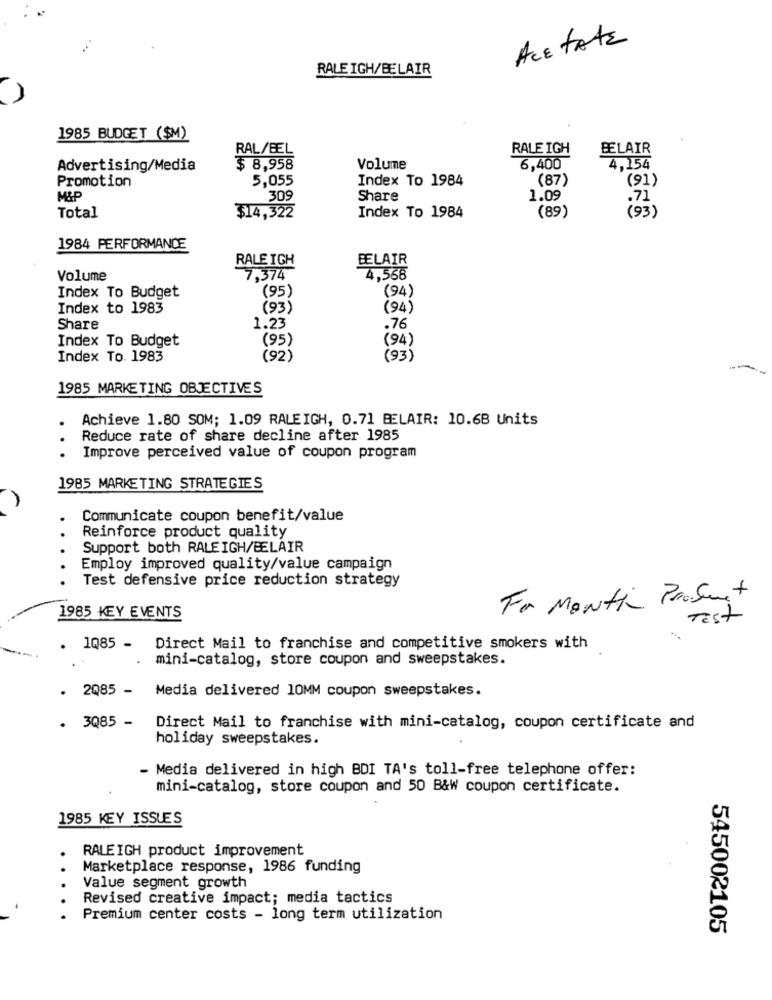
ACETATE
RALEIGH/BELAIR
1985 BUDGET ($M)
RAL/BEL
RALE IGH
BLAIR
Advertising/Media
$ 8,958
Volume
6,400
4,154
Promotion
5,055
Index To 1984
(87)
(91)
M&P
309
Share
1.09
.71
(89)
(93)
Total
$14,322
Index To 1984
1984 PERFORMANCE
RALE IGH
BELAIR
Volume
7,374
4.558
(95)
Index To Budget
(94)
Index to 1983
(93)
(94)
Share
1.23
.76
Index To Budget
(94)
(95)
Index To. 1983
(92)
(93)
1985 MARKETING OBJECTIVES
Achieve 1.80 SOM; 1.09 RALEIGH, 0.71 BELAIR: 10.68 Units
Reduce rate of share decline after 1985
Improve perceived value of coupon program
1985 MARKETING STRATEGIES
Communicate coupon benefit/value
.
Reinforce product quality
Support both RALEIGH/BELAIR
Employ improved quality/value campaign
Test defensive price reduction strategy
For Month Prosent
1985 KEY EVENTS
TEST
. 1085 - Direct Mail to franchise and competitive smokers with
mini-catalog, store coupon and sweepstakes.
. 2085 - Media delivered 10MM coupon sweepstakes.
3Q85 -
Direct Mail to franchise with mini-catalog, coupon certificate and
holiday sweepstakes.
- Media delivered in high BDI TA's toll-free telephone offer:
mini-catalog, store coupon and 50 B&W coupon certificate.
1985 KEY ISSUES
RALEIGH product improvement
Marketplace response, 1986 funding
Value segment growth
Revised creative impact; media tactics
Premium center costs - long term utilization
545002105